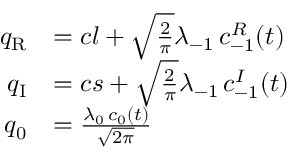
\begin{array} { r l } { q _ { \mathrm { { R } } } } & { = c l + \sqrt { \frac { 2 } { \pi } } \lambda _ { \mathrm { - } 1 } \, c _ { \mathrm { - } 1 } ^ { R } ( t ) } \\ { q _ { \mathrm { { I } } } } & { = c s + \sqrt { \frac { 2 } { \pi } } \lambda _ { \mathrm { - } 1 } \, c _ { \mathrm { - } 1 } ^ { I } ( t ) } \\ { q _ { 0 } } & { = \frac { \lambda _ { 0 } \, c _ { 0 } ( t ) } { \sqrt { 2 \pi } } } \end{array}